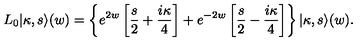
L _ { 0 } | \kappa , s \rangle ( w ) = \left\{ e ^ { 2 w } \left[ \frac { s } { 2 } + \frac { i \kappa } { 4 } \right] + e ^ { - 2 w } \left[ \frac { s } { 2 } - \frac { i \kappa } { 4 } \right] \right\} | \kappa , s \rangle ( w ) .